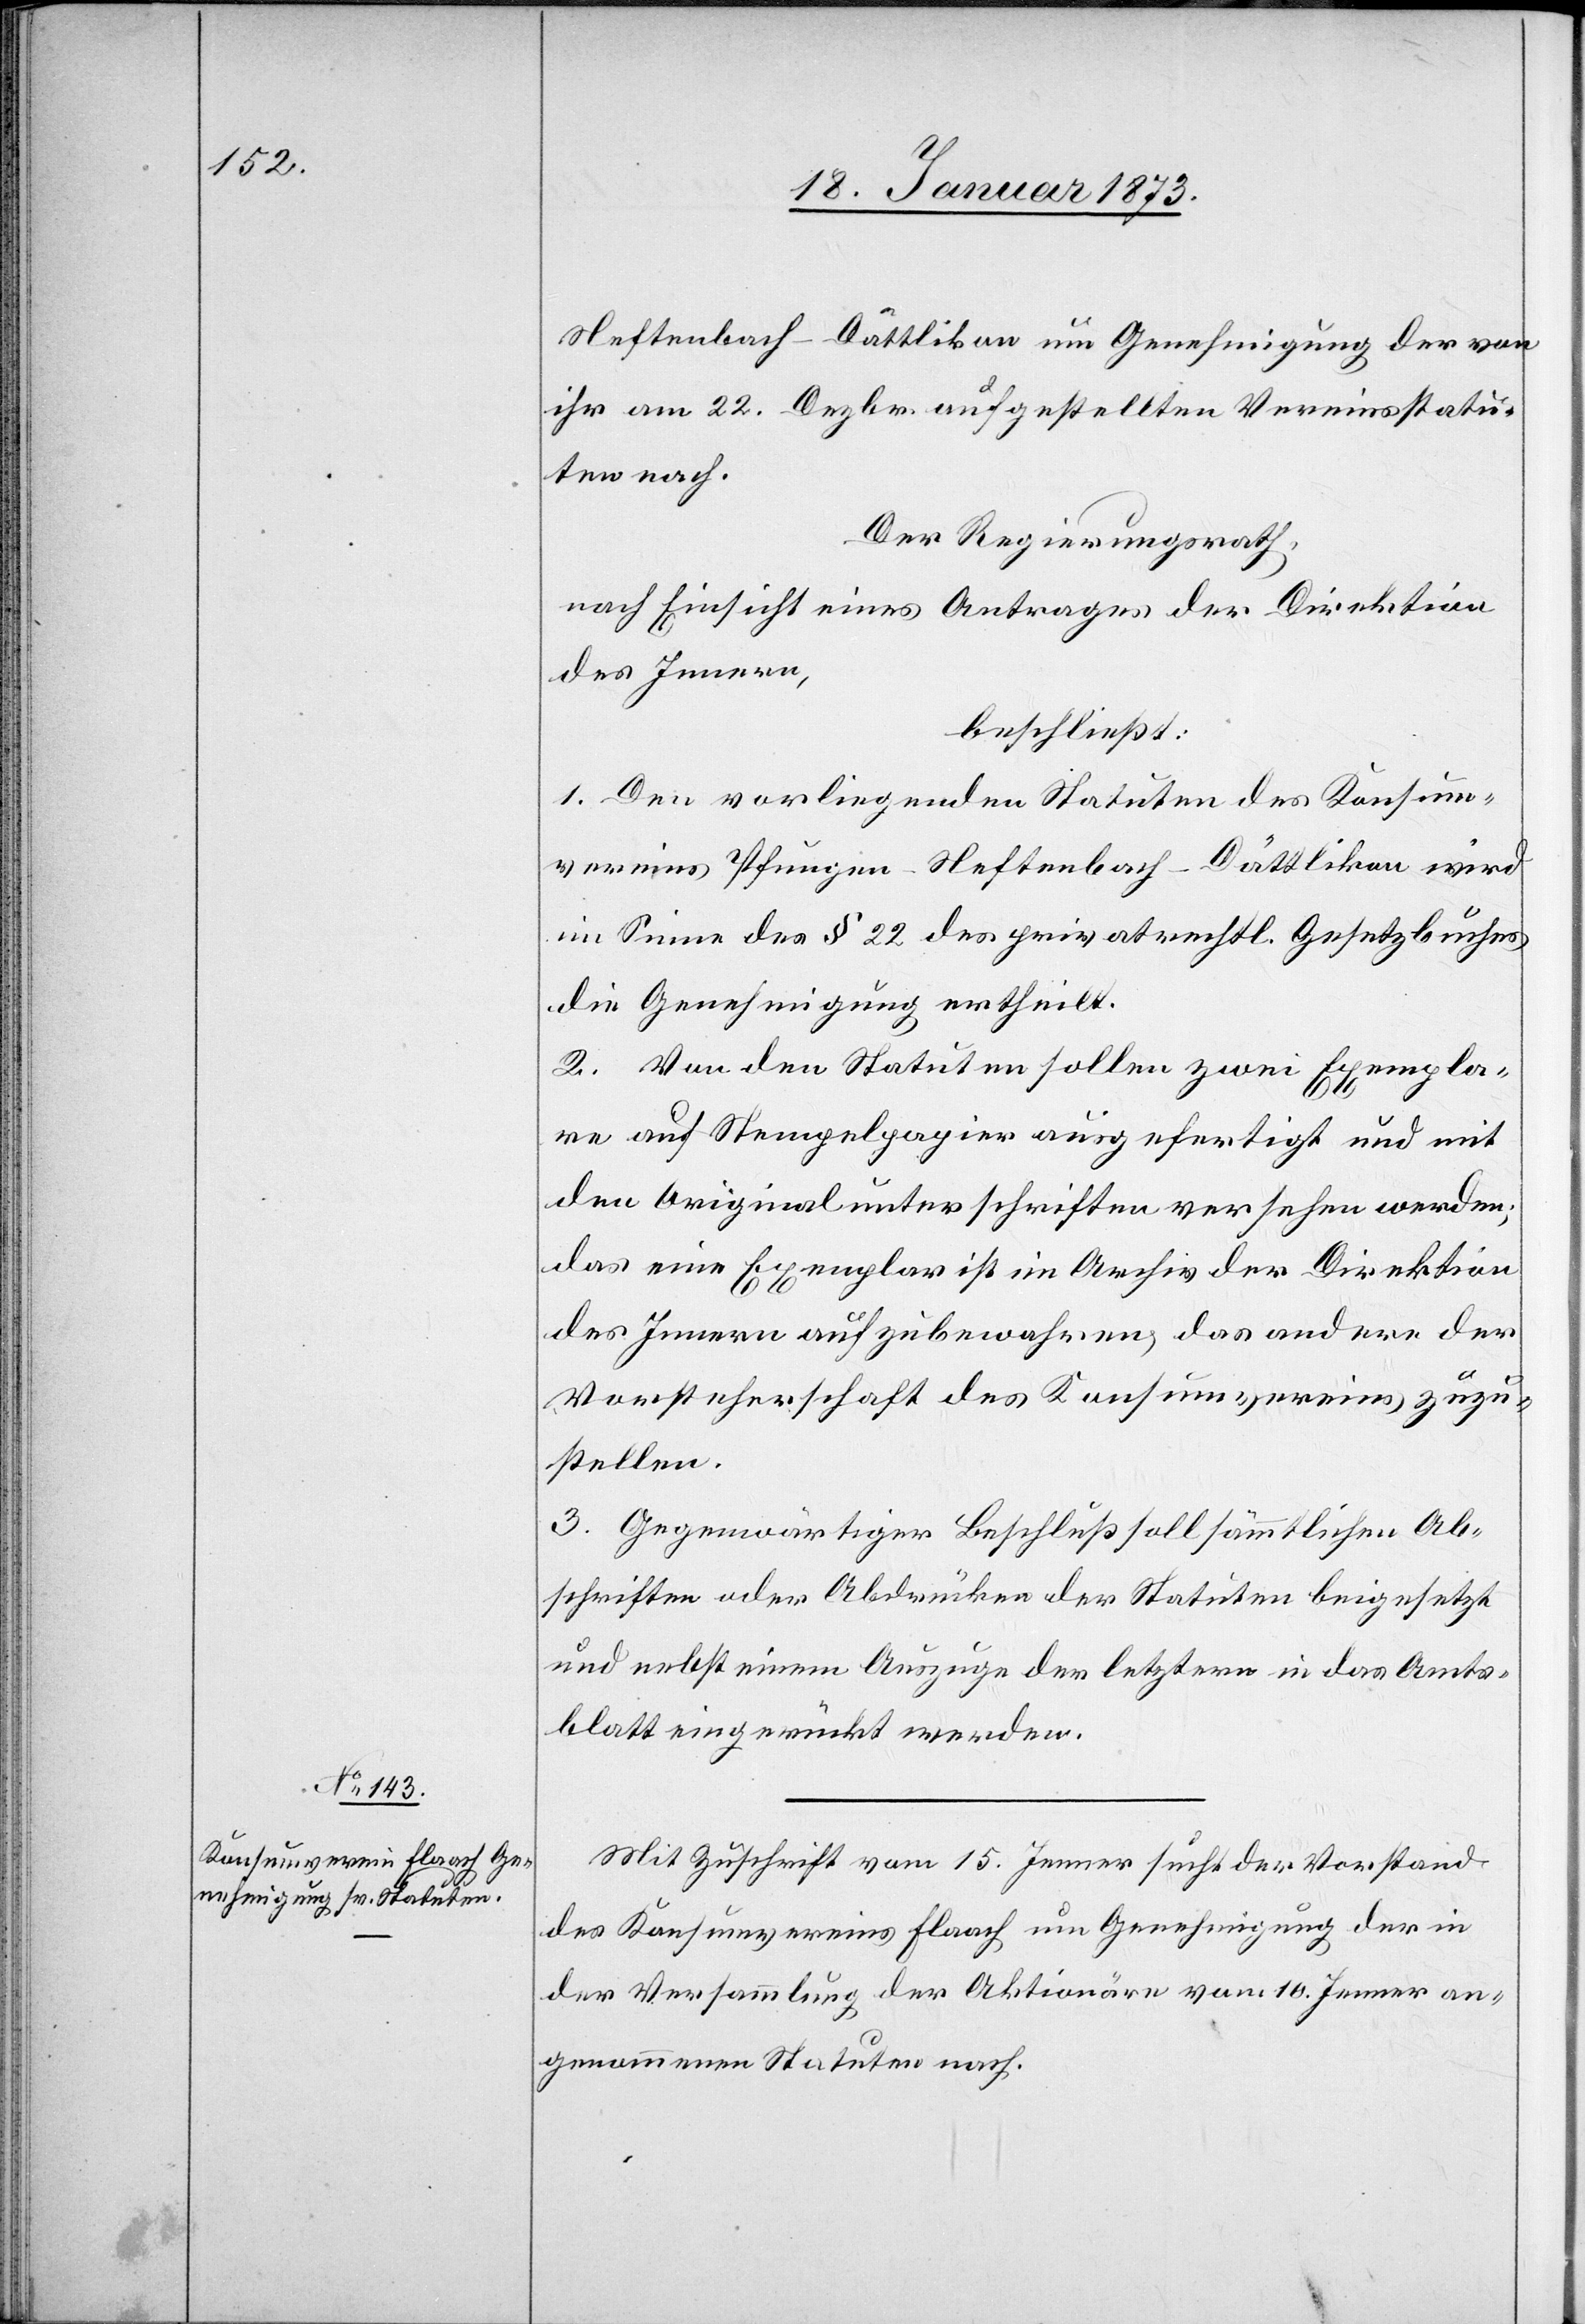
Neftenbach-Dättlikon um Genehmigung der von
ihr am 22. Dezbr. aufgestellten Vereinsstatu¬
ten nach.
Der Regierungsrath,
nach Einsicht eines Antrages der Direktion
des Innern,
beschließt:
1. Den vorliegenden Statuten des Konsum¬
vereins Pfungen-Neftenbach-Dättlikon wird
im Sinne des § 22 des privatrechtl. Gesetzbuches
die Genehmigung ertheilt.
2. Von den Statuten sollen zwei Exempla¬
re auf Stempelpapier ausgefertigt und mit
den Originalunterschriften versehen werden;
das eine Exemplar ist im Archiv der Direktion
des Innern aufzubewahren, das andere der
Vorsteherschaft des Konsumvereins zuzu¬
stellen.
3. Gegenwärtiger Beschluß soll sämmtlichen Ab¬
schriften oder Abdrücken der Statuten beigesetzt
und nebst einem Auszuge der letztere in das Amts¬
blatt eingerückt werden.
Mit Zuschrift vom 15. Jenner sucht der Vorstand
des Konsumvereins Flaach um Genehmigung der in
der Versammlung der Aktionäre vom 10. Jenner an¬
genommenen Statuten nach.